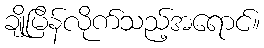
ချိုမြိန်လိုက်သည့်အရောင်။